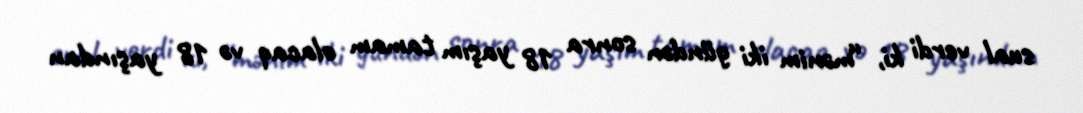
sual verdi ki, “mənim iki gündən sonra 18 yaşım tamam olacaq və 18 yaşından